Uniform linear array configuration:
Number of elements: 24
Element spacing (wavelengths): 0.5
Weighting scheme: hann
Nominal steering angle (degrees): -45
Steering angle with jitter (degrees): -43.451
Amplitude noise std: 0.05
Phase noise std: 0.05

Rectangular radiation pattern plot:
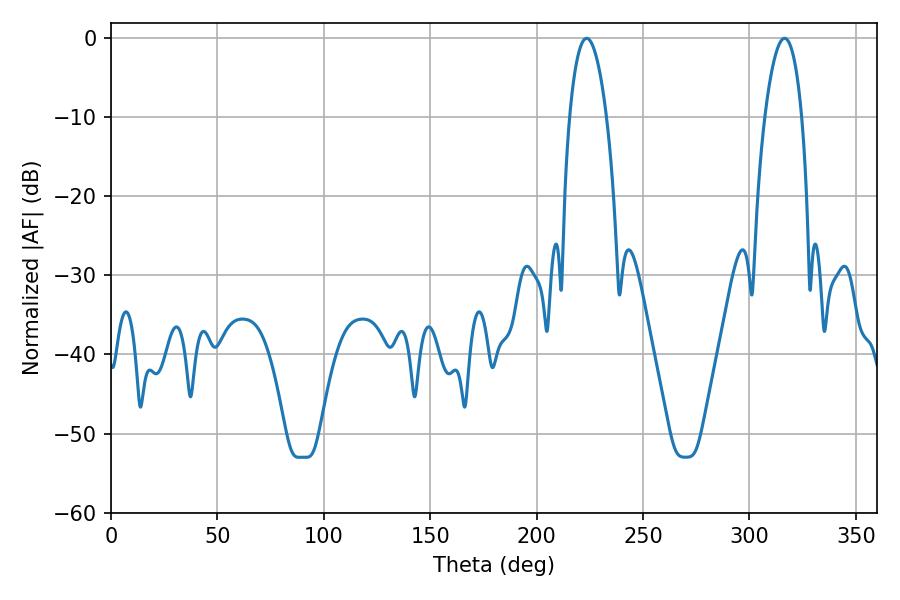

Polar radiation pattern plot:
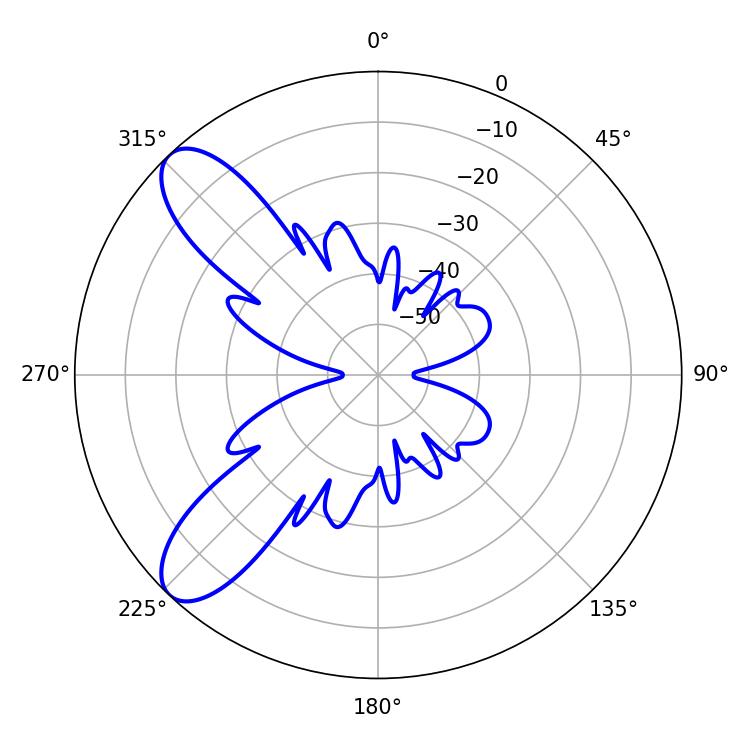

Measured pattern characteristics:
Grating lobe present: FALSE
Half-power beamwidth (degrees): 9.72
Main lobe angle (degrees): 223.56